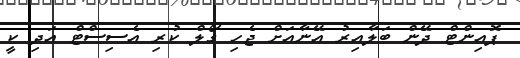
ޕޮއިންޓް ދޭން ބަލާއިރު އޭނާއަށް ޖެހި ގޯލް ކުރި އެސިސްޓް އަދި ކީ